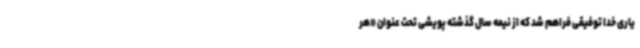
یاری خدا توفیقی فراهم شد که از نیمه سال گذشته پویشی تحت عنوان «هر